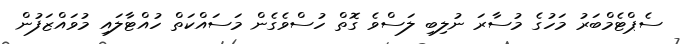
ސެޕްޓެމްބަރު މަހުގެ މުސާރަ ނުލިބި ލަސްވެ ގޮތް ހުސްވެގެން މަސައްކަތް ހުއްޓާލައި މުވައްޒަފުން